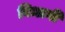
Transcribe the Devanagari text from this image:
विधानी